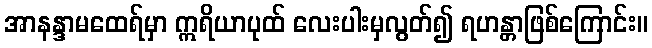
အာနန္ဒာမထေရ်မှာ ဣရိယာပုထ် လေးပါးမှလွတ်၍ ရဟန္တာဖြစ်ကြောင်း။